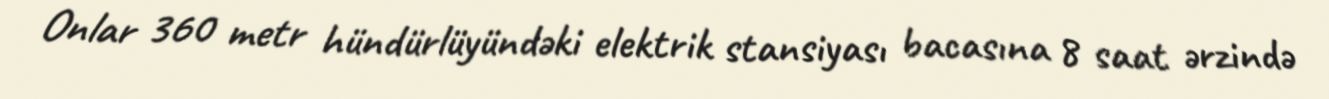
Onlar 360 metr hündürlüyündəki elektrik stansiyası bacasına 8 saat ərzində